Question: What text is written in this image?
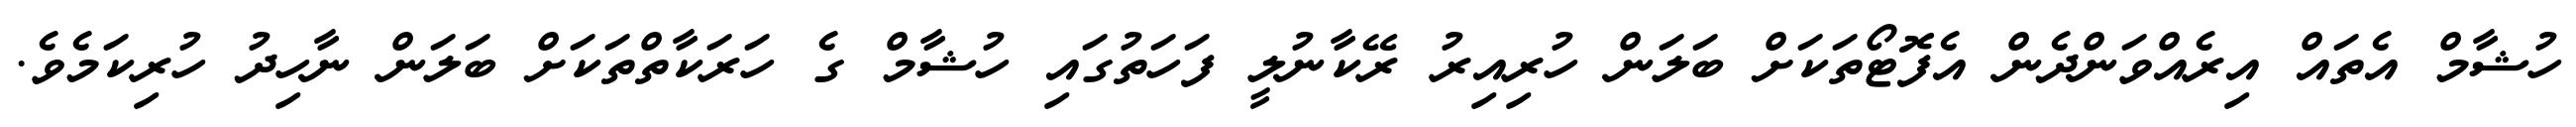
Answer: ހުޝާމް އެތައް އިރެއްވަންދެން އެފޮޓޯތަކަށް ބަލަން ހުރިއިރު ރޭކާނުލީ ފަހަތުގައި ހުޝާމް ގެ ހަރަކާތްތަކަށް ބަލަން ނާހިދު ހުރިކަމެވެ.